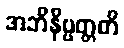
အဘိနိဗ္ဗတ္တတိ